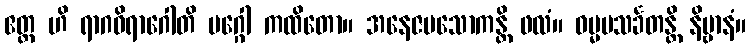
ဧတ္ထ ဟိ ရာဂဝိရာဂေါတိ မဂ္ဂေါ ကထိတော။ အနေဇမသောကန္တိ ဖလံ။ ဓမ္မမသင်္ခတန္တိ နိဗ္ဗာနံ။